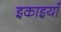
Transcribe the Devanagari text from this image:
इकाइयांँ